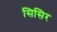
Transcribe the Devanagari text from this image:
सिसिर